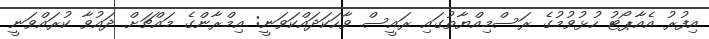
އިފުރު އެއާޕޯޓު ހުޅުވުމުގެ ރަސްމިއްޔާތުގައި ރައީސް ވާހަކަދައްކަވަނީ: އިމްރާންގެ މައްޗަށް ދައުވާ ކުރައްވަނީ